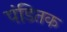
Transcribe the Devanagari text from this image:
पंडितक